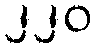
၂၂၀